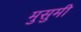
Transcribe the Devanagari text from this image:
मुसुमी